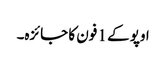
اوپو کے 1 فون کا جائزہ۔